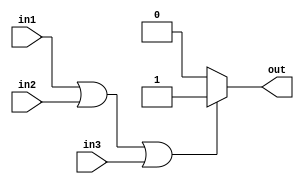
module ORGate(in1, in2, in3, out);
input in1, in2, in3;

output reg out;

always @(in1 or in2 or in3) begin
	if(in1 == 1 || in2 == 1 || in3 == 1)
		out <= 1;
	else
		out <= 0;
end
initial begin
    out = 0;
end
endmodule